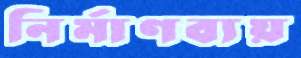
নির্মাণব্যয়